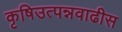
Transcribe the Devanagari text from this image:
कृषिउत्पन्नवाढीस